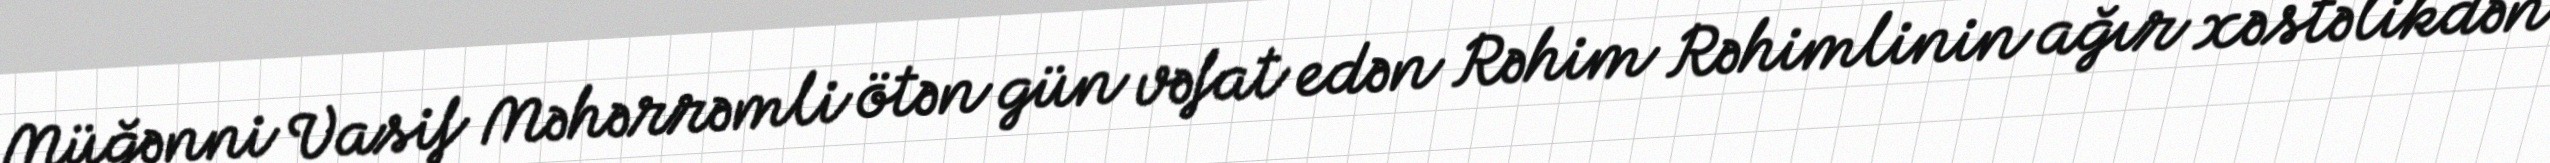
Müğənni Vasif Məhərrəmli ötən gün vəfat edən Rəhim Rəhimlinin ağır xəstəlikdən